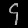
Digit: ၄